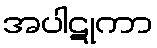
အပါဋုကာ